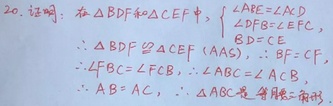
证明：在\(\triangle BDF\)和\(\triangle CEF\)中，
\(\begin{cases}
\angle ABE = \angle ACD\\
\angle BFD = \angle EFC\\
BD = CE
\end{cases}\)
\(\therefore\triangle BDF\cong\triangle CEF\)（AAS），
\(\therefore BF = CF\)，
\(\therefore\angle FBC=\angle FCB\)，
\(\angle ABG=\angle ACG\)
\(\therefore AB = AC\)，
\(\therefore\triangle ABC\)是等腰三角形。